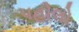
પહોલો